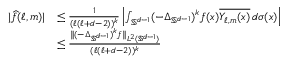
\begin{array} { r l } { \lvert \widehat { f } ( \ell , m ) \rvert } & { \le \frac { 1 } { ( \ell ( \ell + d - 2 ) ) ^ { k } } \left\lvert \int _ { \mathbb S ^ { d - 1 } } ( - \Delta _ { \mathbb S ^ { d - 1 } } ) ^ { k } f ( x ) \overline { { Y _ { \ell , m } ( x ) } } \, d \sigma ( x ) \right\rvert } \\ & { \le \frac { \lVert ( - \Delta _ { \mathbb S ^ { d - 1 } } ) ^ { k } f \rVert _ { L ^ { 2 } ( \mathbb S ^ { d - 1 } ) } } { ( \ell ( \ell + d - 2 ) ) ^ { k } } } \end{array}